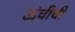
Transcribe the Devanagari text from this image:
ऊंचीची